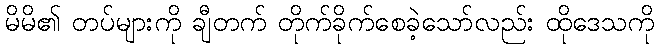
မိမိ၏ တပ်များကို ချီတက် တိုက်ခိုက်စေခဲ့သော်လည်း ထိုဒေသကို